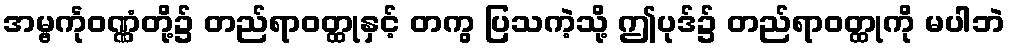
အမ္ဗင်္ကုဝဏ္ဏံတို့၌ တည်ရာဝတ္ထုနှင့် တကွ ပြသကဲ့သို့ ဤပုဒ်၌ တည်ရာဝတ္ထုကို မပါဘဲ